Physiological action of certain drugs in tablet form - Number 52A
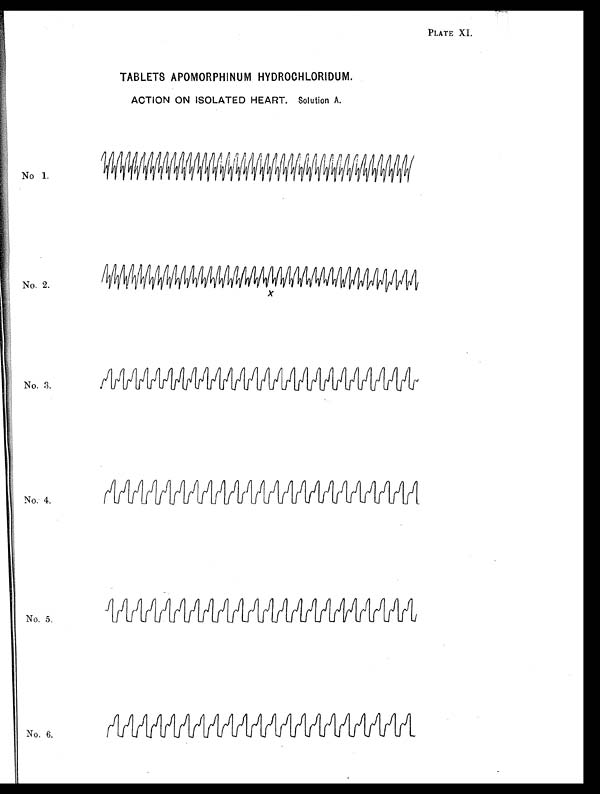
PLATE XI.
TABLETS APOMORPHINUM HYDROCHLORIDUM.
ACTION ON ISOLATED HEART. Solution A .
No 1 .
No. 2.
No. 3.
No. 4.
No. 5.
No. 6.